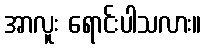
အာလူး ရောင်းပါသလား။